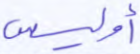
أوليس